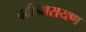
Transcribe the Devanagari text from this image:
वद्रीनारायण